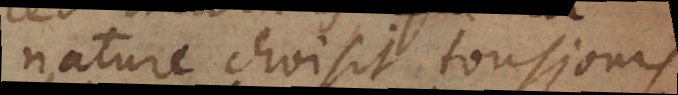
nature choisit tousjours